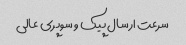
سرعت ارسال پیک و سوپری عالی